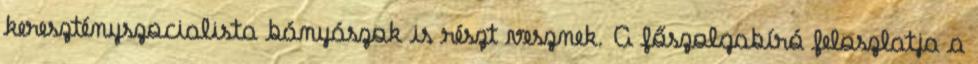
keresztényszocialista bányászok is részt vesznek. A főszolgabíró feloszlatja a